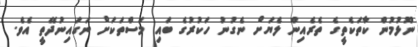
ނޫޅުމުން ކާތަކެތީގެ ތެރެއިން ލެޔަށް ނެގުނު ހަކުރުގެ ބައި މަސްތަކަށް ނަގައިނުދޭތީ އެވެ.